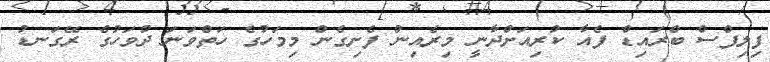
ފިލިޕްސް ބްރައިޑް ފެއާ ކުރިއަށްދާނީ މިރެއިން ފެށިގެން މިމަހުގެ ހަތްވަނަ ދުވަހުގެ ރޭގަނޑު